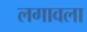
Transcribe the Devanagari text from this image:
लगावला